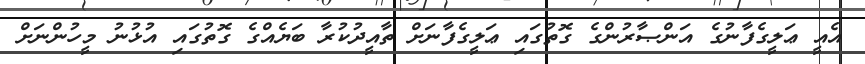
އެއީ ޢަލީގެފާނުގެ އަންޞާރުންގެ ގޮތުގައި ޢަލީގެފާނަށް ތާއީދުކުރާ ބަޔެއްގެ ގޮތުގައި އުޅުނު މީހުންނަށް